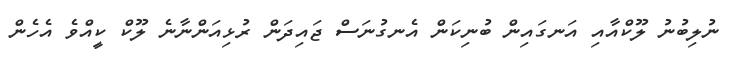
ނުލިބުނު ލޫކްއާއި އަނގައިން ބުނިކަން އެނގުނަސް ޖައިދަން ރުޅިއަންނާނެ ލޫކް ކީއްވެ އެހެން